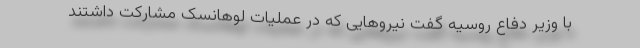
با وزیر دفاع روسیه گفت نیروهایی که در عملیات لوهانسک مشارکت داشتند